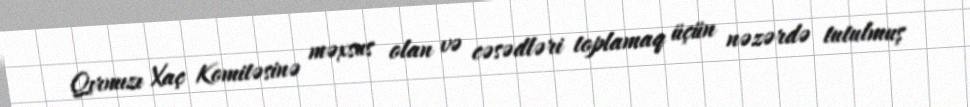
Qırmızı Xaç Komitəsinə məxsus olan və cəsədləri toplamaq üçün nəzərdə tutulmuş